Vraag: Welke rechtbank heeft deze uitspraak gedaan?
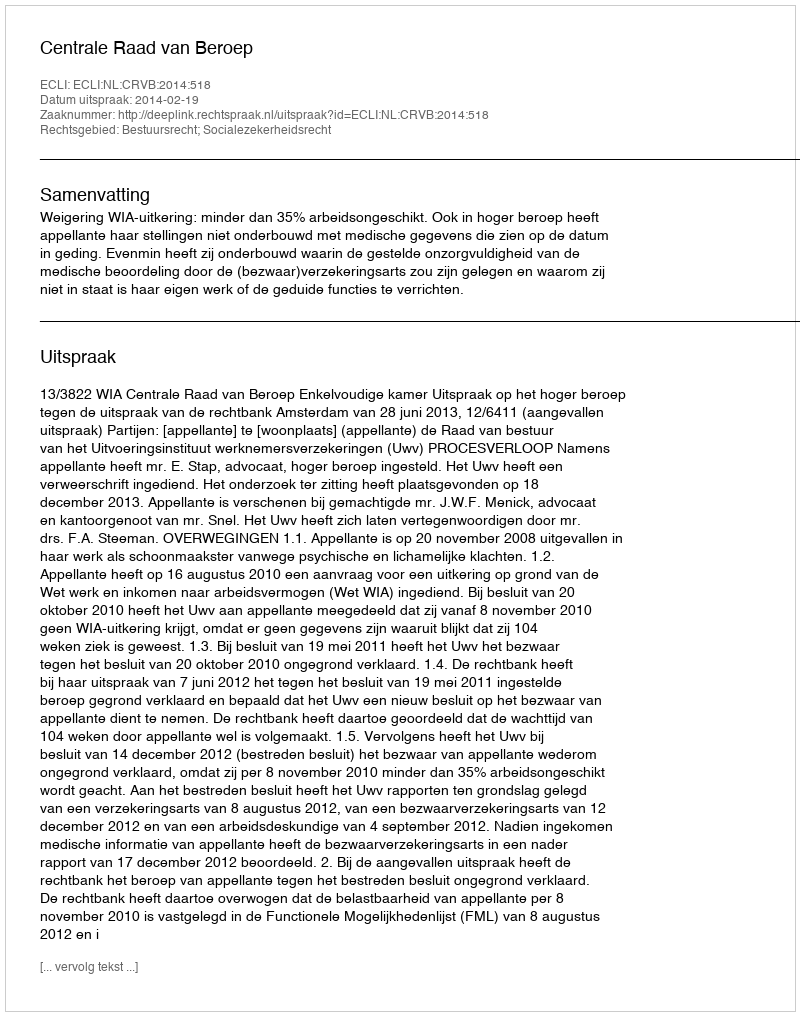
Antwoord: Centrale Raad van Beroep